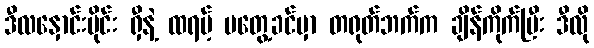
ဒီလနှောင်းပိုင်း ရှီနဲ့ ထရမ့် မတွေ့ခင်မှာ တရုတ်ဘက်က ချိန်ကိုက်ပြီး ဒီလို